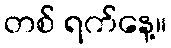
တစ် ရက်နေ့။